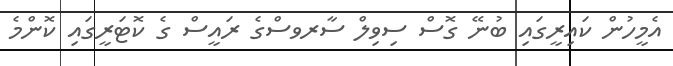
އެމީހުން ކައިރީގައި ބުނޭ ގޮސް ސިވިލް ސާރވސްގެ ރައީސް ގެ ކޮޓަރީގައި ކޮންމެ